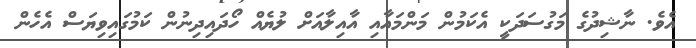
އެވެ. ނާޝިދުގެ މަގުސަދަކީ އެކަމުން މަންމައާއި އާއިލާއަށް ލުޔެއް ހޯދައިދިނުން ކަމުގައިވިޔަސް އެހެން